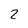
Character: 2